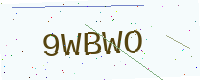
Text: 9WBWO